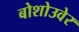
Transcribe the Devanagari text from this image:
बोशोउवेर